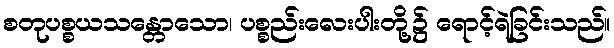
စတုပစ္စယသန္တောသော၊ ပစ္စည်းလေးပါးတို့၌ ရောင့်ရဲခြင်းသည်။